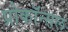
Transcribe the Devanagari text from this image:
प्रोकॉन्सल